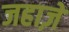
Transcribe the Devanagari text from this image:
जहाज़ें